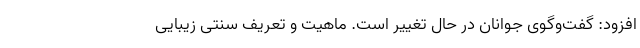
افزود: گفت‌و‌گوی جوانان در حال تغییر است. ماهیت و تعریف سنتی زیبایی